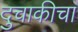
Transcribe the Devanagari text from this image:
दुचाकीचा